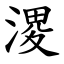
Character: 溭